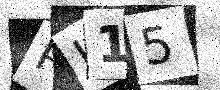
Text: PK15